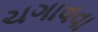
ચગાવવા